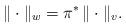
LaTeX: \begin{align*} \|\cdot\|_{w}= \pi^{*}\, \|\cdot\|_{v}.\end{align*}